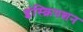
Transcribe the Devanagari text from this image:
इंस्क्रिपशन